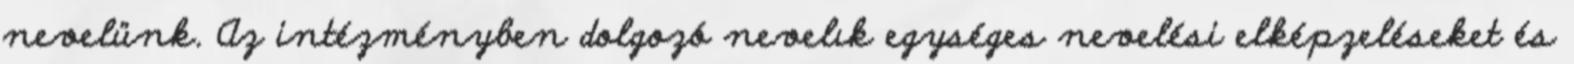
nevelünk. Az intézményben dolgozó nevelık egységes nevelési elképzeléseket és